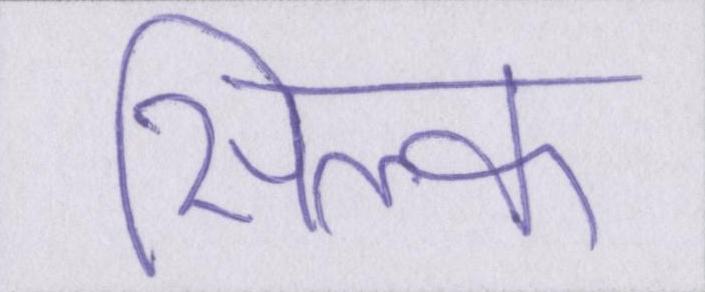
सिल्क